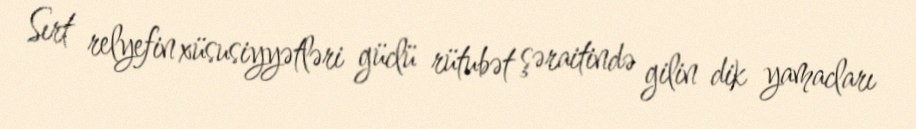
Sırt relyefin xüsusiyyətləri güclü rütubət şəraitində gilin dik yamacları